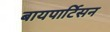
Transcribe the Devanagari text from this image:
बायपार्टिसन